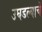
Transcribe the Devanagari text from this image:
उघडल्‍याचे